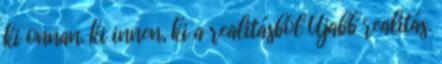
ki onnan. ki innen, ki a realitásból Újabb realitás.